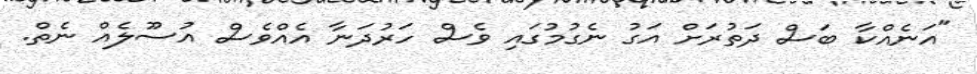
"އަނެއްކާ ބަސް ދަތުރަށް އަގު ނެގުމުގައި ވެސް ހަރުދަނާ އެއްވެސް އުސޫލެއް ނެތް.